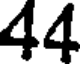
44